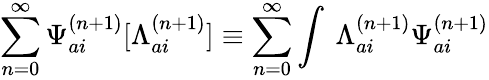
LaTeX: \sum_{n=0}^{\infty}{\Psi}_{ai}^{(n+1)}[{\Lambda}_{ai}^{(n+1)}]\equiv\sum_{n=0}^{\infty}\int\ {\Lambda}_{ai}^{(n+1)}{\Psi}_{ai}^{(n+1)}